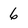
Character: 6